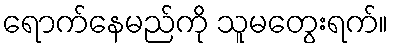
ရောက်နေမည်ကို သူမတွေးရက်။